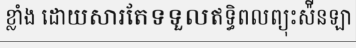
ខ្លាំង ដោយសារតែទទួលឥទ្ធិពលព្យុះស៉ីនឡា